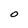
Character: O